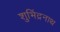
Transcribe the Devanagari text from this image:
शुभिंद्रनाथ